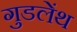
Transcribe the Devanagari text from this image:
गुडलेंथ